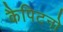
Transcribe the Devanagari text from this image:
कैपिटनो